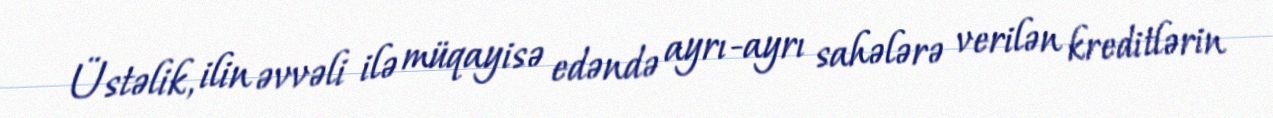
Üstəlik, ilin əvvəli ilə müqayisə edəndə ayrı-ayrı sahələrə verilən kreditlərin